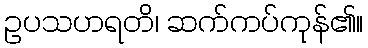
ဥပသဟရတိ၊ ဆက်ကပ်ကုန်၏။